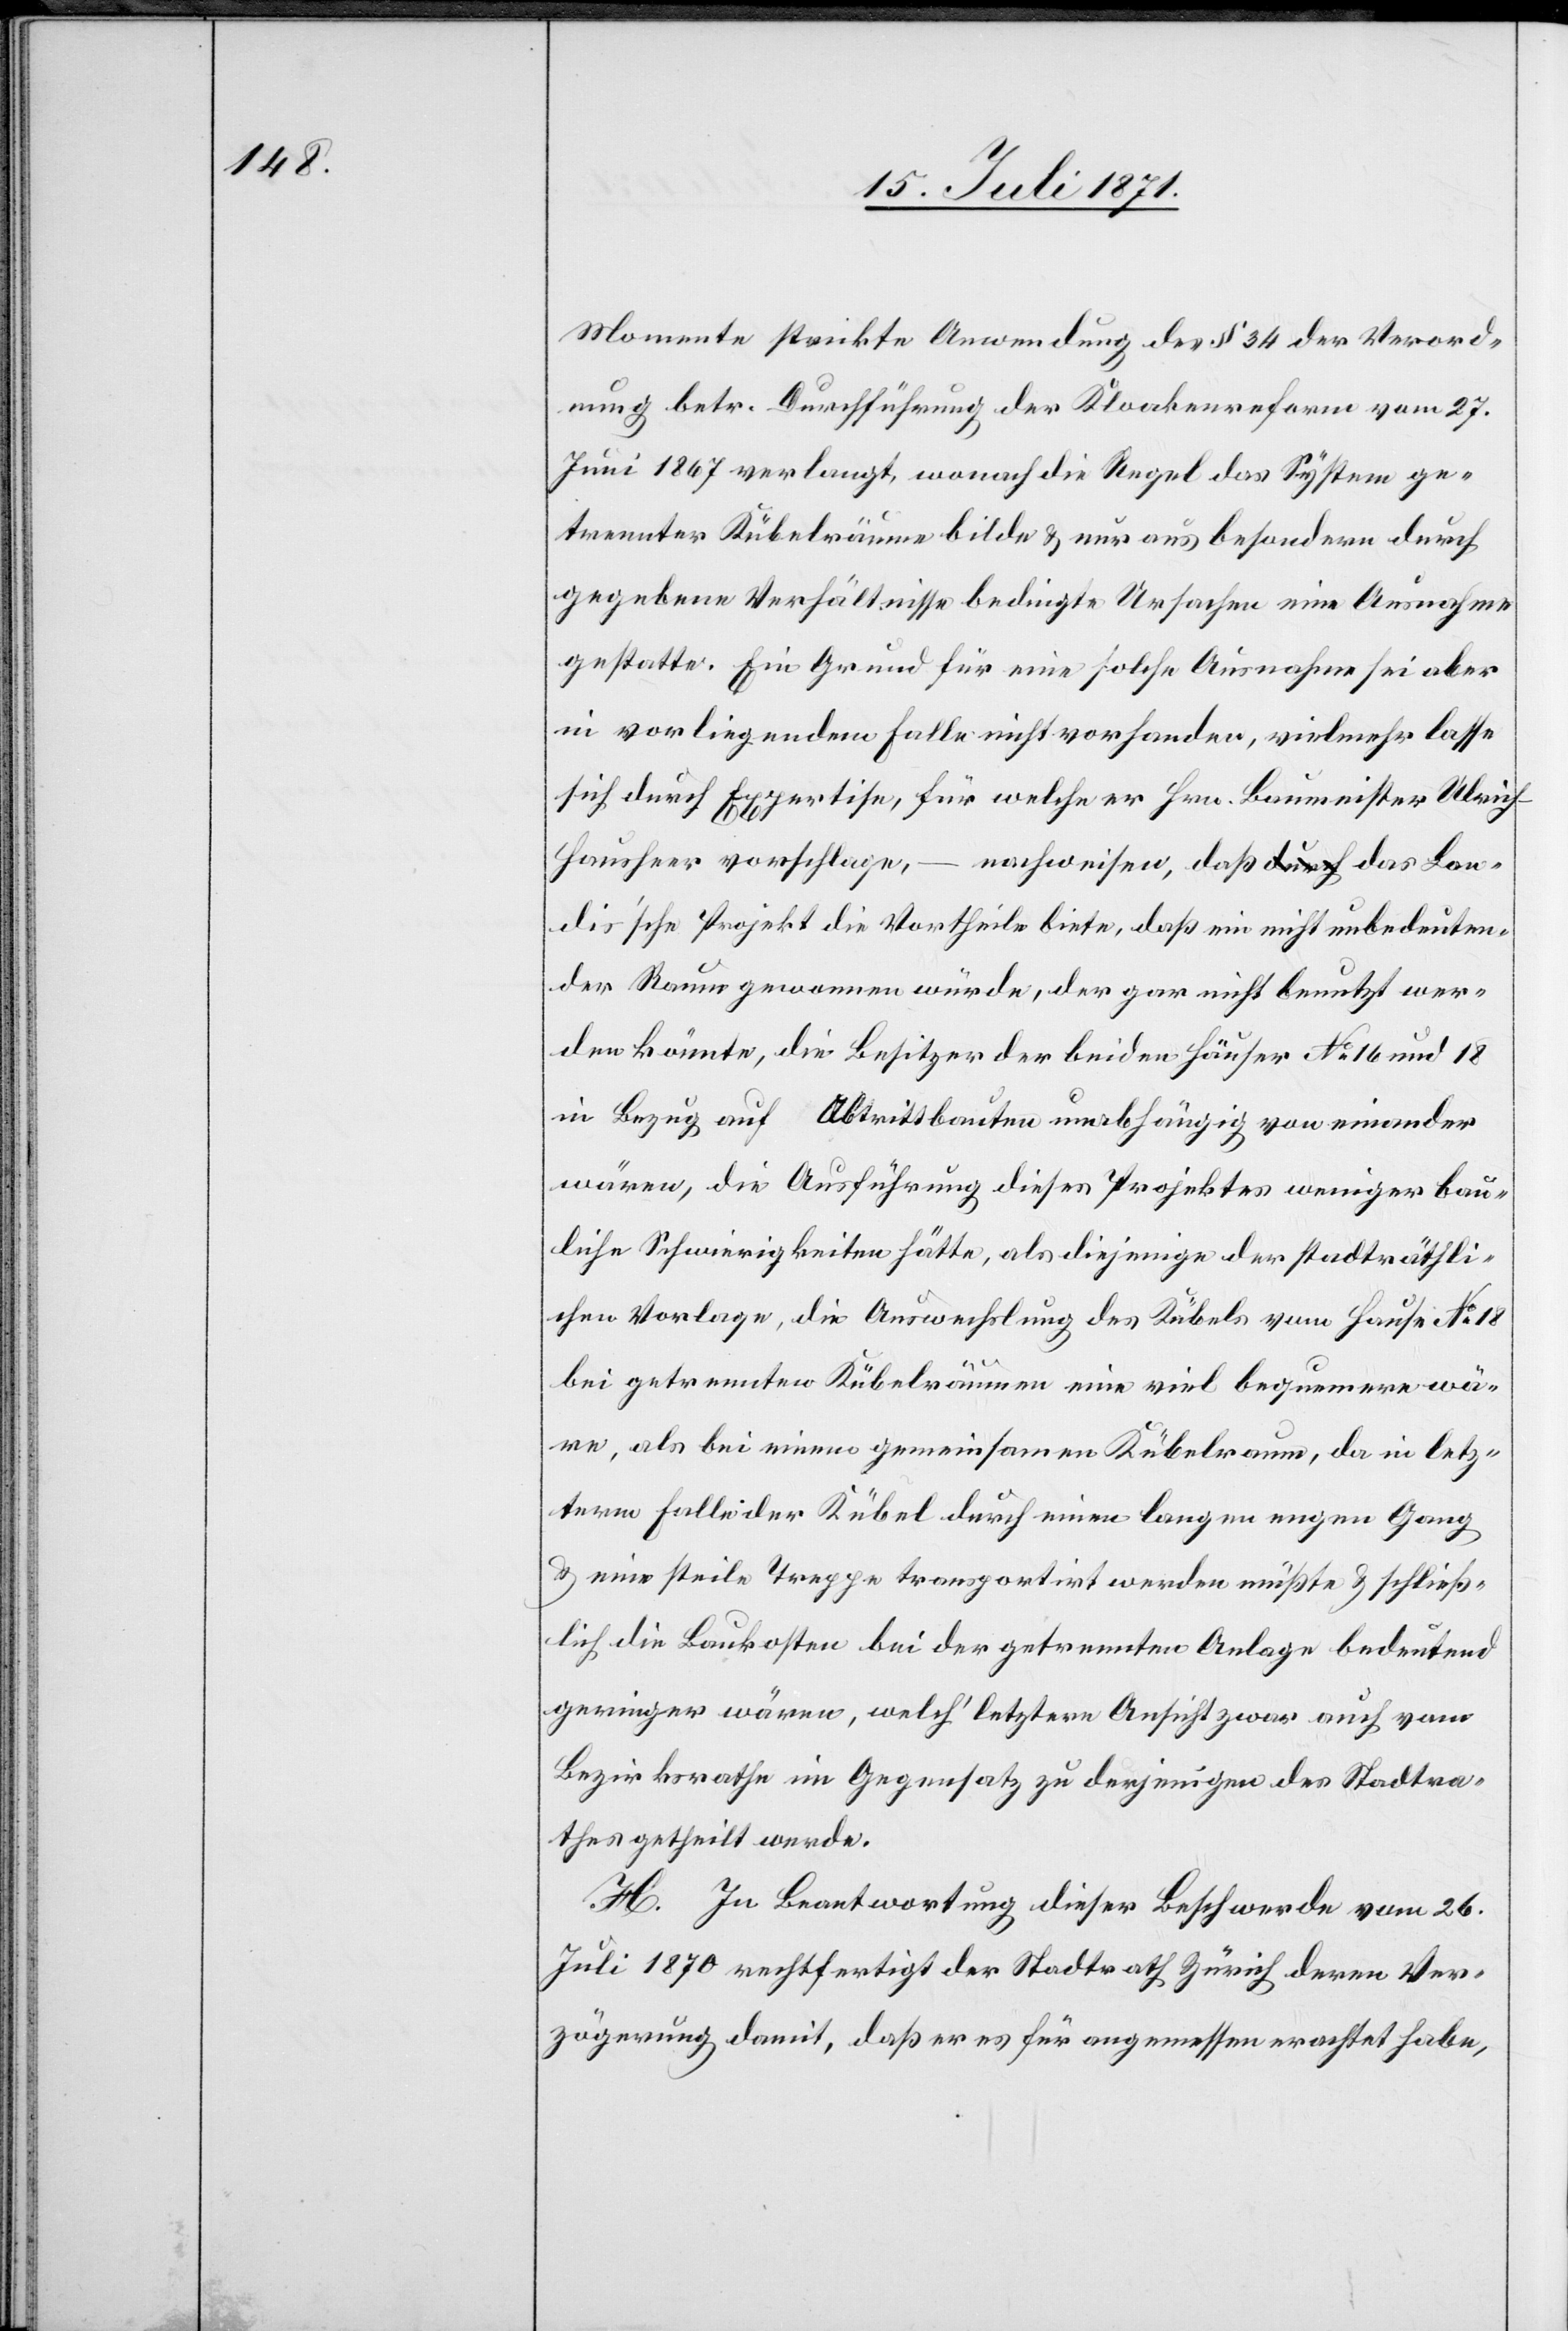
Momente strickte Anwendung des § 34 der Verord¬
nung betr. Durchführung der Kloakenreform vom 27.
Juni 1867 verlangt, wonach die Regel das System ge¬
trennter Kübelräume bilde u. nur aus besondern durch
gegebene Verhältnisse bedingte Ursachen eine Ausnahme
gestatte. Ein Grund für eine solche Ausnahme sei aber
in vorliegendem Falle nicht vorhanden, vielmehr lasse
sich durch Expertise, für welche er Hrn. Baumeister Ulrich
Hausheer vorschlage, – nachweisen, daß das Lan¬
dis’sche Projekt die Vortheile biete, daß ein nicht unbedeuten¬
der Raum gewonnen würd, der gar nicht benutzt wer¬
den könnte, die Besitzer der beiden Häuser No. 16 und 18
in Bezug auf Abtrittbauten unabhängig von einander
wären, die Ausführung dieses Projektes weniger bau¬
liche Schwierigkeiten hätte, als diejenige der stadträthli¬
chen Vorlage, die Auswechslung des Kübels vom Hause No. 18
bei getrennten Kübelräumen eine viel bequemere wä¬
re, als bei einem gemeinsamen Kübelraum, da in letz¬
terem Falle der Kübel durch einen langen engen Gang
u. eine steile Treppe transportirt werden müßte u. schließ¬
lich die Baukosten bei der getrennten Anlage bedeutend
geringer wären, welch’ letztern Ansicht zwar auch vom
Bezirksrathe im Gegensatz zu derjenigen des Stadtra¬
thes getheilt werde.
H. In Beantwortung dieser Beschwerde vom 26.
Juli 1870 rechtfertigt der Stadtrath Zürich deren Ver¬
zögerung damit, daß er es für angemessen erachtet habe,